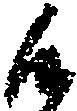
候